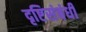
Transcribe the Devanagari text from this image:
दृष्टिसंबंधी